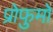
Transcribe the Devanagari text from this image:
प्रोफुमो